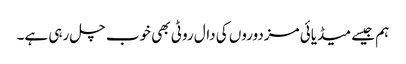
ہم جیسے میڈیائی مزدوروں کی دال روٹی بھی خوب چل رہی ہے۔